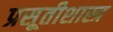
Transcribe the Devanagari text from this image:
प्रसूतीशास्त्र